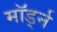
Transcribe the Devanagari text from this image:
मॉर्ड्न